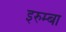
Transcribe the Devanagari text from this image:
इरुम्बा